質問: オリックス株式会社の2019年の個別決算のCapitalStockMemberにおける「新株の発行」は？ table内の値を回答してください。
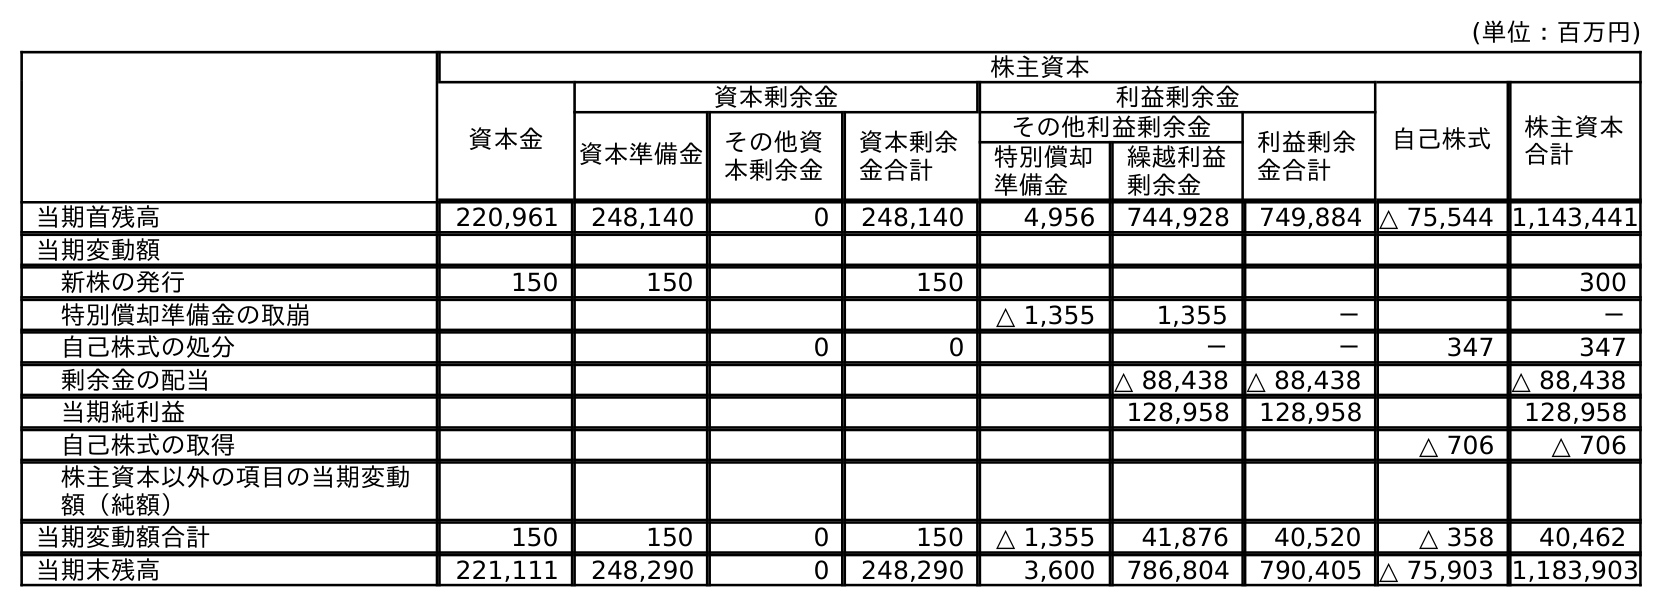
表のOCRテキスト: (単位：百万円) 株主資本 資本金 資本剰余金 利益剰余金 自己株式 株主資本 合計 資本準備金 その他資 本剰余金 資本剰余 金合計 その他利益剰余金 利益剰余 金合計 特別償却 準備金 繰越利益 剰余金 当期首残高 220,961 248,140 0 248,140 4,956 744,928 749,884 △ 75,544 1,143,441 当期変動額 新株の発行 150 150 150 300 特別償却準備金の取崩 △ 1,355 1,355 － － 自己株式の処分 0 0 － － 347 347 剰余金の配当 △ 88,438 △ 88,438 △ 88,438 当期純利益 128,958 128,958 128,958 自己株式の取得 △ 706 △ 706 株主資本以外の項目の当期変動 額（純額） 当期変動額合計 150 150 0 150 △ 1,355 41,876 40,520 △ 358 40,462 当期末残高 221,111 248,290 0 248,290 3,600 786,804 790,405 △ 75,903 1,183,903
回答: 150